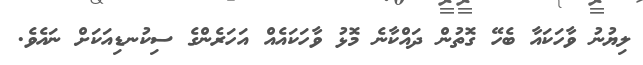
ލިޔުނު ވާހަކައާ ބެހޭ ގޮތުން ދައްކާނެ މޮޅު ވާހަކައެއް އަހަރެންގެ ސިކުނޑިއަކަށް ނައެވެ.